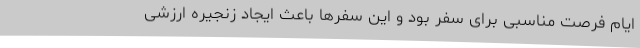
ایام فرصت مناسبی برای سفر بود و این سفرها باعث ایجاد زنجیره ارزشی